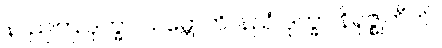
နာညတြ ဒုက္ခာ သမ္ဘောတိ၊ နညံ ဒုက္ခာ နိရုဇ္ဈတီတိ။